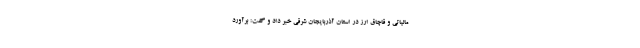
مالیاتی و قاچاق ارز در استان آذربایجان شرقی خبر داد و گفت: برآورد